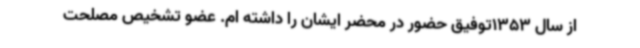
از سال 1353توفیق حضور در محضر ایشان را داشته ام. عضو تشخیص مصلحت